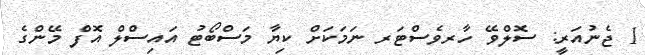
1 ޖެނުއަރީ: ސޮލްވޭ ހާރވެސްޓަރ ނަމަކަށް ކިޔާ މަސްބޯޓު އައިސްލް އޮފް މޭންގެ